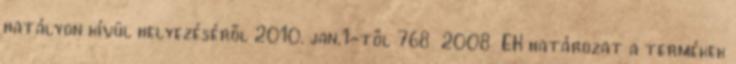
hatályon kívül helyezéséről 2010. jan.1-től 768 2008 EK határozat a termékek